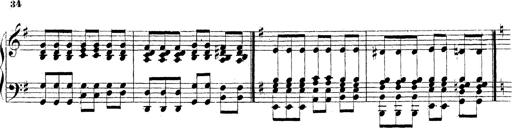
Title: Technische Studien
Composer: Franz Liszt